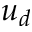
u _ { d }